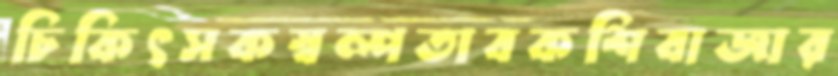
চিকিৎসকস্বল্পতাবকশিবাজার